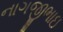
નાગજીભાઇ